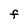
Character: F